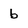
Character: b